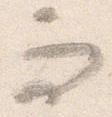
而